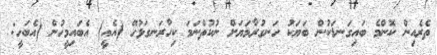
ތެރެއިން ކޮންމެ ބައިގަނޑަކުން ބަޔަކު ހަނގުރާމަޔަށް ނުކުތްނަމަ ކިހާރަނގަޅުހޭ (އެއީ) އެބައިމީހުން (އެބަހީ: